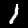
Digit: 1